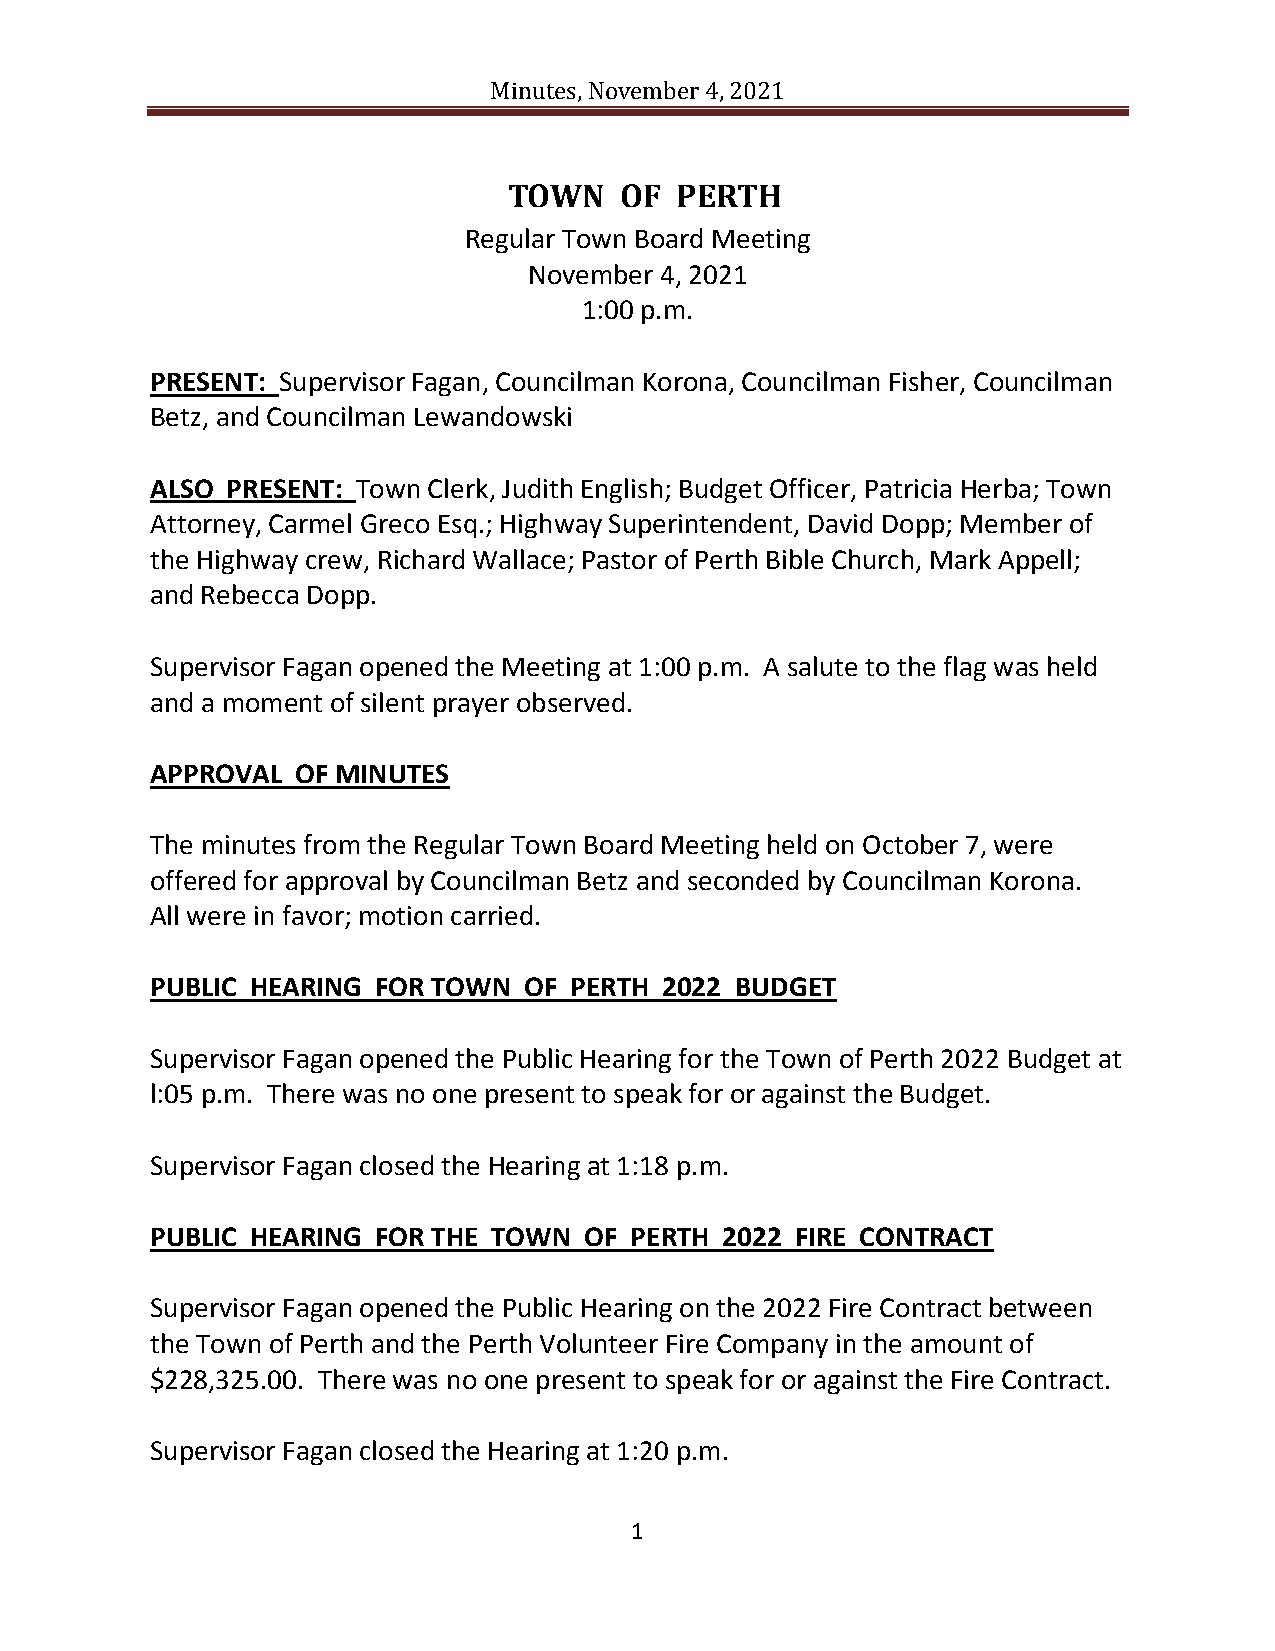
Minutes, November 4, 2021
 TOWN   OF  PERTH
 Regular Town Board Meeting
 November 4, 2021
 1:00 p.m.
 PRESENT: Supervisor Fagan, Councilman Korona, Councilman Fisher, Councilman
 Betz, and Councilman Lewandowski
 ALSO PRESENT: Town Clerk, Judith English; Budget Officer, Patricia Herba; Town
 Attorney, Carmel Greco Esq.; Highway Superintendent, David Dopp; Member of
 the Highway crew, Richard Wallace; Pastor of Perth Bible Church, Mark Appell;
 and Rebecca Dopp.
 Supervisor Fagan opened the Meeting at 1:00 p.m. A salute to the flag was held
 and a moment of silent prayer observed.
 APPROVAL  OF MINUTES
 The minutes from the Regular Town Board Meeting held on October 7, were
 offered for approval by Councilman Betz and seconded by Councilman Korona.
 All were in favor; motion carried.
 PUBLIC HEARING FOR TOWN  OF PERTH 2022 BUDGET
 Supervisor Fagan opened the Public Hearing for the Town of Perth 2022 Budget at
 l:05 p.m. There was no one present to speak for or against the Budget.
 Supervisor Fagan closed the Hearing at 1:18 p.m.
 PUBLIC HEARING FOR THE TOWN  OF PERTH 2022 FIRE CONTRACT
 Supervisor Fagan opened the Public Hearing on the 2022 Fire Contract between
 the Town of Perth and the Perth Volunteer Fire Company in the amount of
 $228,325.00. There was no one present to speak for or against the Fire Contract.
 Supervisor Fagan closed the Hearing at 1:20 p.m.
 1